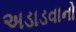
અડાડવાનો